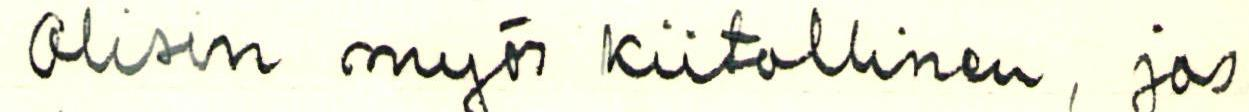
Olisin myös kiitollinen, jos